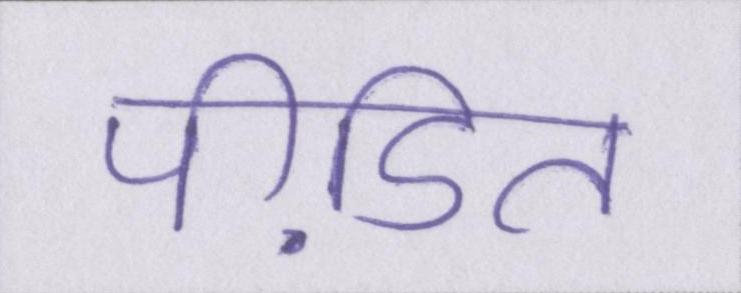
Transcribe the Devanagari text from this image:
पीडि़त